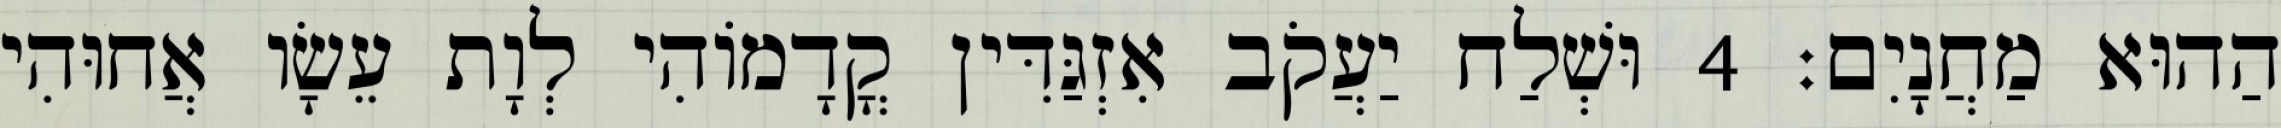
הַהוּא מַחֲנָיִם׃ 4 וּשְׁלַח יַעֲקֹב אִזְגַּדִּין קֳדָמוֹהִי לְוָת עֵשָׂו אֲחוּהִי